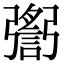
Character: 𢐬